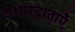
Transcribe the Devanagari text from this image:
उधारदाताएँ